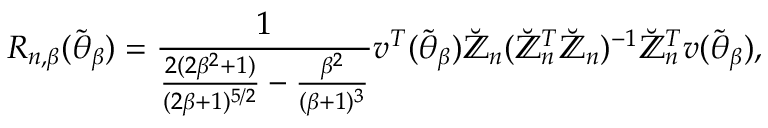
R _ { n , \beta } ( \widetilde { \boldsymbol { \theta } } _ { \beta } ) = \frac { 1 } { \frac { 2 ( 2 \beta ^ { 2 } + 1 ) } { ( 2 \beta + 1 ) ^ { 5 / 2 } } - \frac { \beta ^ { 2 } } { ( \beta + 1 ) ^ { 3 } } } \boldsymbol { v } ^ { T } ( \widetilde { \boldsymbol { \theta } } _ { \beta } ) \mathbb { \breve { Z } } _ { n } ( \mathbb { \breve { Z } } _ { n } ^ { T } \mathbb { \breve { Z } } _ { n } ) ^ { - 1 } \mathbb { \breve { Z } } _ { n } ^ { T } \boldsymbol { v } ( \widetilde { \boldsymbol { \theta } } _ { \beta } ) ,